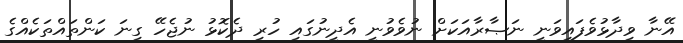
އޭނާ ވިދާޅުވެފައިވަނީ ނަޞާރާއަކަށް ނުވެވުނީ އެދީނުގައި ހުރި ދެކޮޅު ނުޖެހޭ ގިނަ ކަންތައްތަކެއްގެ